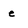
Character: e